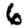
Digit: 6